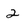
Character: 2